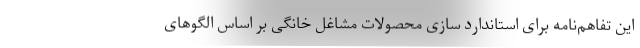
این تفاهم‌نامه برای استاندارد سازی محصولات مشاغل خانگی بر اساس الگوهای